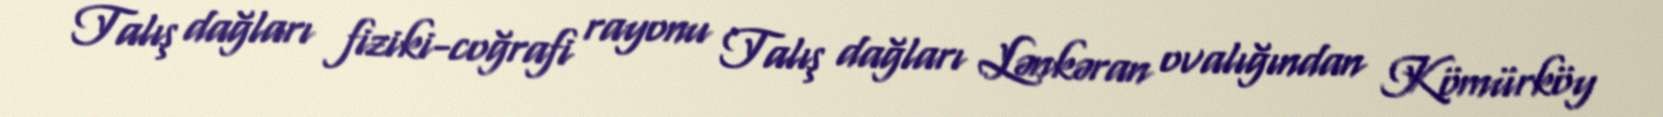
Talış dağları fiziki-coğrafi rayonu Talış dağları Lənkəran ovalığından Kömürköy